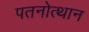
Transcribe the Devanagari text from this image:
पतनोत्थान